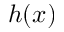
h ( x )